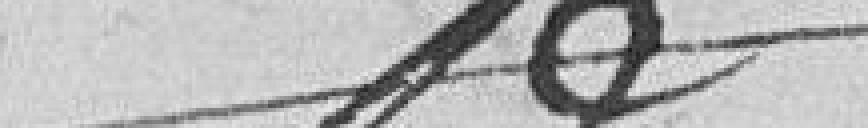
??